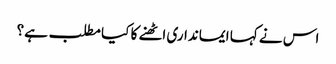
اس نے کہا ایمانداری اٹھنے کا کیا مطلب ہے؟